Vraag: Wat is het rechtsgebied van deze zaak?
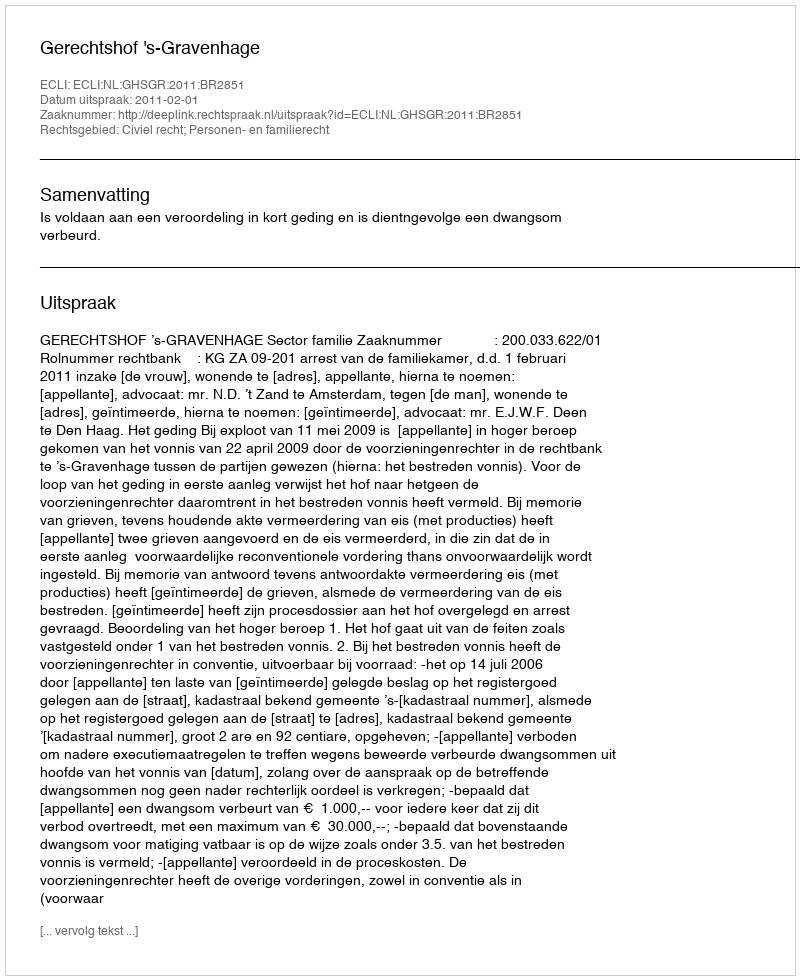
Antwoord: Civiel recht; Personen- en familierecht